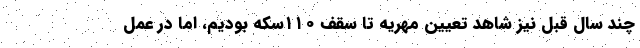
چند سال قبل نیز شاهد تعیین مهریه تا سقف ۱۱۰سکه بودیم، اما در عمل